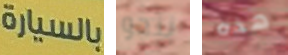
بالسيارة ننجو هذه